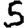
Digit: 5